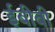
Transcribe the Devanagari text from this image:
ईबीबी